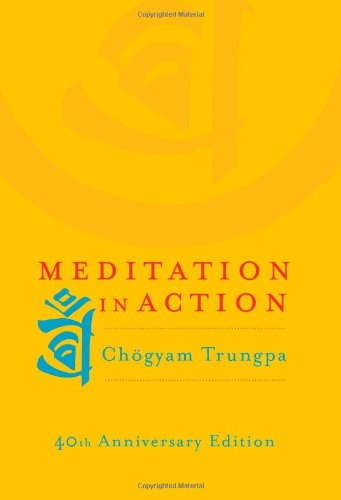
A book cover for Meditation in Action; Chogyam Trungpa; Religion & Spirituality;